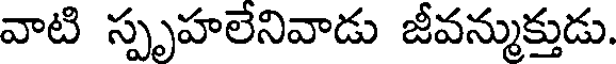
వాటి స్పృహలేనివాడు జీవన్ముక్తుడు.